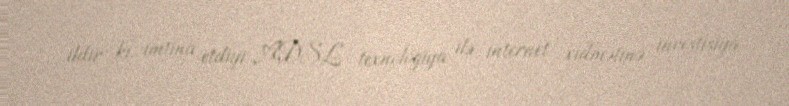
ildir ki, imtina etdiyi ADSL texnologiya ilə internet xidmətinə investisiya